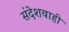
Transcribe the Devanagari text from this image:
संदेशवाही